system: You are a helpful assistant.
user:
Analyze the provided spectrum to determine if it is a **White Dwarf (WD)**.

A White Dwarf spectrum is defined by its **extreme purity** (due to gravitational settling) and/or **extreme pressure broadening** (due to high surface gravity). You must check for one of the following mutually exclusive signatures:

- **Key Visual Indicators (Check for ONE of these types):**

    - **1. DA-Type Signature (Most Common):**
        - **(Primary Feature):** Extreme pressure broadening (Stark broadening) of the **Hydrogen (H) Balmer lines**.
        - **(Key Lines):** $H\beta$ (approx. $4861$ Å) and $H\gamma$ (approx. $4340$ Å). $H\alpha$ (approx. $6563$ Å) will also be present if the wavelength range covers it.
        - **(Line Profile):** This is the **defining feature**. The lines are **NOT** sharp. They appear as massive, **extremely broad and deep "troughs" or "dips"** in the spectrum, often hundreds of Ångströms wide. The continuum will appear to "scoop" down at these wavelengths.
        - **(Distinction):** Normal A-type or B-type stars have *narrow* and *sharp* Hydrogen lines. A DA White Dwarf's lines are unmistakably "smeared" or "blurry" from pressure.

    - **2. DB-Type Signature:**
        - **(Primary Feature):** Broad absorption lines from **Neutral Helium (He I)**. The spectrum must lack any visible Hydrogen lines.
        - **(Key Lines):** Look for broad absorption near $4471$ Å, $4921$ Å, and $5876$ Å.
        - **(Line Profile):** These lines are also significantly pressure-broadened, appearing much wider than they would in a normal B-type main-sequence star.

    - **3. DC-Type Signature:**
        - **(Primary Feature):** A **featureless continuous spectrum**.
        - **(Line Profile):** The spectrum is a smooth curve with **no significant absorption or emission lines**.
        - **(Key Confirmation):** The continuum is almost always **blue or white**, indicating a hot object. This signature implies the atmosphere is so pure (or so cool) that no spectral lines are visible in the optical range. Its WD identity is confirmed by its extremely low intrinsic brightness (high absolute magnitude).

    - **4. DZ-Type Signature (Metal-Polluted):**
        - **(Primary Feature):** **Isolated, narrow metal absorption lines** on an otherwise featureless (DC-like) continuum.
        - **(Key Lines):** The **Calcium (Ca II) H & K doublet** (approx. **$3934$ Å** and **$3968$ Å**) is the most common and defining feature.
        - **(Line Profile):** These lines are "out of place." They are *not* part of a "forest" of thousands of lines. This signature is evidence of recent *accretion* (pollution) from rocky debris.
        - **(Distinction):** Normal G/K/M stars have a *dense forest* of thousands of metal lines. A DZ has a *clean* continuum with *only a few* strong metal lines.

    - **5. DQ-Type Signature (Carbon-Polluted):**
        - **(Primary Feature):** Absorption bands from **Carbon (C₂ "Swan Bands" or atomic C I)**.
        - **(Key Lines - C₂):** Look for bandheads with a "saw-tooth" shape near $5635$ Å, **$5165$ Å** (strongest), and $4737$ Å.
        - **(Key Confirmation):** The underlying **continuum must be blue or white** (hot).
        - **(Distinction):** This is the critical difference from a **Carbon Star**, which has the *exact same* C₂ bands but on an extremely **red, cool** continuum.

- **(Overall Spectrum):**
    - The continuum (overall shape) is typically **blue-sloping** (brighter in the blue than the red), as most white dwarfs are very hot.
    - The spectrum will look "pure" or "simple," dominated by only *one* of the five signatures listed above.

Think first, call **spectral_visualization_tool** if needed to examine features in detail, then provide your final answer. Your response must adhere to the following strict rules:
1.  **Overall Structure:** Your response must follow the format `<think>...</think> <tool_call>...</tool_call> (if a tool is used) <answer>...</answer>`.
2.  **Tool Usage Constraint:** You may only make **one** tool call per turn.
3.  **Final Answer Format:** In the `<answer>` tag, your conclusion must be inside a `\boxed{}` command (e.g., `\boxed{YES}` or `\boxed{NO}`), followed by your justification.

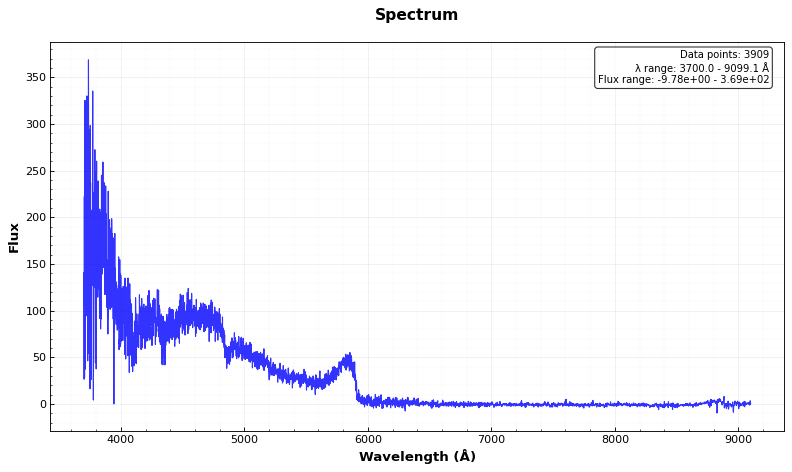
Answer: YES